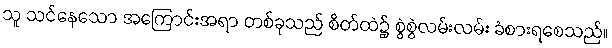
သူ သင်နေသော အကြောင်းအရာ တစ်ခုသည် စိတ်ထဲ၌ စွဲစွဲလမ်းလမ်း ခံစားရစေသည်။